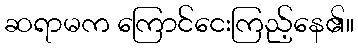
ဆရာမက ကြောင်ငေးကြည့်နေ၏။